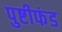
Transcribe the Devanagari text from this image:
पुष्टीफंड